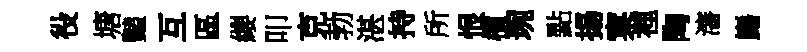
役塘豔互區纓叩克勃湛持所恨檟琬點揚窠裡陶瀋巋